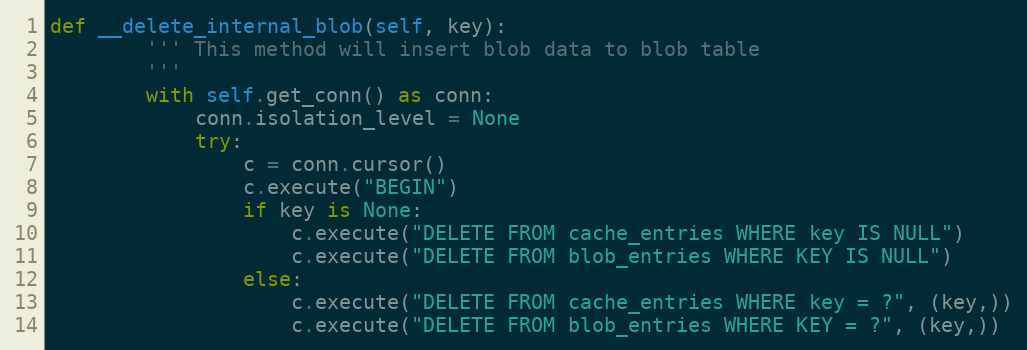
Language: Python
def __delete_internal_blob(self, key):
        ''' This method will insert blob data to blob table
        '''
        with self.get_conn() as conn:
            conn.isolation_level = None
            try:
                c = conn.cursor()
                c.execute("BEGIN")
                if key is None:
                    c.execute("DELETE FROM cache_entries WHERE key IS NULL")
                    c.execute("DELETE FROM blob_entries WHERE KEY IS NULL")
                else:
                    c.execute("DELETE FROM cache_entries WHERE key = ?", (key,))
                    c.execute("DELETE FROM blob_entries WHERE KEY = ?", (key,))